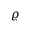
\varrho